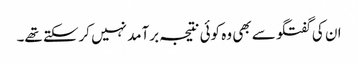
ان کی گفتگو سے بھی وہ کوئی نتیجہ برآمد نہیں کرسکتے تھے۔